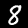
Label: 8